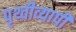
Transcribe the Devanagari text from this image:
पृथ्वीव्यापी